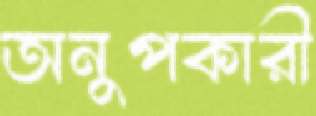
অনুপকারী